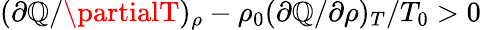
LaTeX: (\partial\mathbb{Q}/\partialT)_{\rho}-\rho_{0}(\partial\mathbb{Q}/\partial\rho)_{T}/T_{0}>0